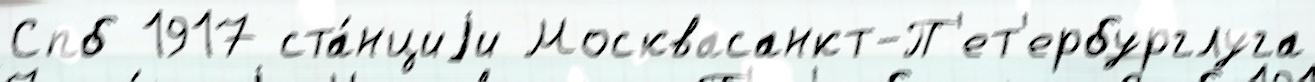
Спб 1917 ста́нциjи Москвасанкт-П'ет'ербурглуга